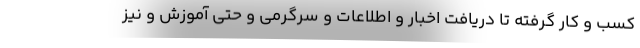
كسب و كار گرفته تا دريافت اخبار و اطلاعات و سرگرمي و حتي آموزش و نيز